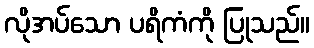
လိုအပ်သော ပရိကံကို ပြုသည်။